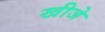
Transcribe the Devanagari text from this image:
खीजे